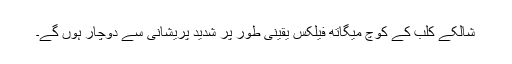
شالکے کلب کے کوچ میگاتھ فیلکس یقینی طور پر شدید پریشانی سے دوچار ہوں گے۔